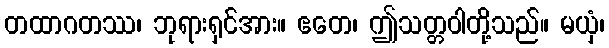
တထာဂတဿ၊ ဘုရားရှင်အား။ ဧတေ၊ ဤသတ္တဝါတို့သည်။ မယှံ၊